Senior Leaving Certificate Examination (including Day School Certificate (Higher) General paper), 1950
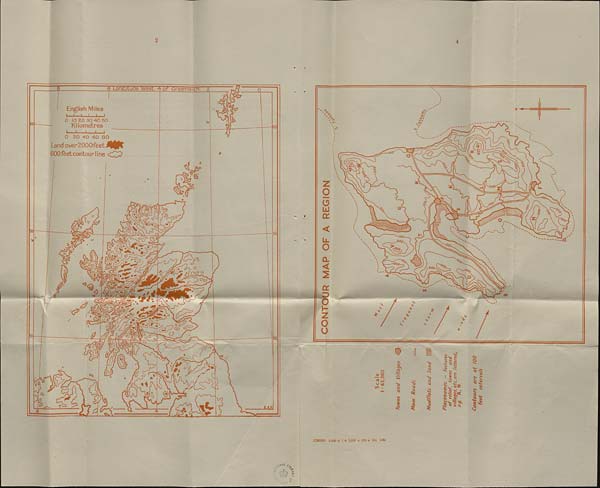
2
6 Longituae west
Greenwich
English Miles
i—i—i—i i i
O 10 ZO 30 40 50
Kilometres
i—i—i
i
i
O 20 40 60 80
Land over EOOOfeet
600feet contour line
•*<7
60
&
A
C2
58
58
%
'4o
a
C=
■3
>7
-T'
£8:
a ff©
c> (?>
4?
C?
i
■
m
^5
8
•;
t.
K.
K
Q
C3
-a
«!
IP
\/
£
5
LAirl
A
£ ss.
^AL "Ve
*
1 V » /
CONTOUR MAP OF A REGION
4
X v2.
s O
' C*/
N^CO
to/
OS
ioo
<?
a
to
&
«V
Oo
O
■ | 11
‘W<?
00/
rrd
ooe
>
05
I
oe
<
3
X
co
\ >
x /
o
0; <G
CO
u vo
trt ..
5
^3
s:
«5
1
£
53
I
:!:%
'e
s:
I
I
.*>
:I
^ *
it
^)2S
g'a
I'.
?5 ^
o
o
*!
a s
•s si
r
(C29732) 3,000 + 2 + 1,025 + 220 + 13-1 3/50